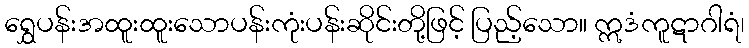
ရွှေပန်းအထူးထူးသောပန်းကုံးပန်းဆိုင်းတို့ဖြင့် ပြည့်သော။ ဣဒံကူဋာဂါရံ၊